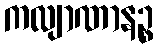
ကလျာဏာနဉ္စ